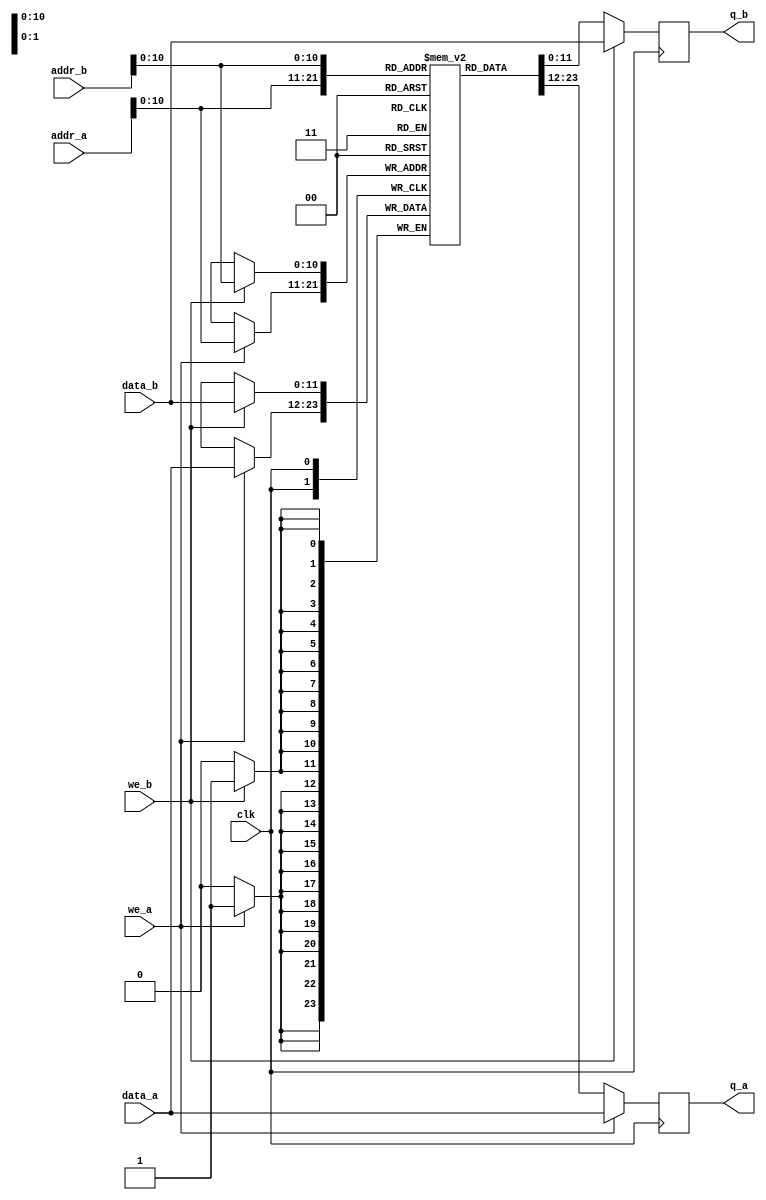
// Quartus II Verilog Template
// True Dual Port RAM with single clock

module Serial_Ram
#(parameter DATA_WIDTH=12, parameter ADDR_WIDTH=2048)
(
	input [(DATA_WIDTH-1):0] data_a, data_b,
	input [(ADDR_WIDTH-1):0] addr_a, addr_b,
	input we_a, we_b, clk,
	output reg [(DATA_WIDTH-1):0] q_a, q_b
);

	// Declare the RAM variable
	reg [11:0] ram[2047:0];

	// Port A 
	always @ (posedge clk)
	begin
		if (we_a) 
		begin
			ram[addr_a] <= data_a;
			q_a <= data_a;
		end
		else 
		begin
			q_a <= ram[addr_a];
		end 
	end 

	// Port B 
	always @ (posedge clk)
	begin
		if (we_b) 
		begin
			ram[addr_b] <= data_b;
			q_b <= data_b;
		end
		else 
		begin
			q_b <= ram[addr_b];
		end 
	end

endmodule